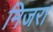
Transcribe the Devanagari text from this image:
मिजरा